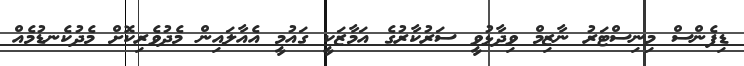
ޑިފެންސް މިނިސްޓަރު ނާޒިމް ވިދާޅުވީ ސަރުކާރުގެ އަމާޒަކީ ގައުމީ އެއާލައިން މެދުވެރިކޮށް މެދުކެނޑުމެއް